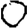
Digit: 0